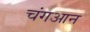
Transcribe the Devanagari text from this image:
चंगआन